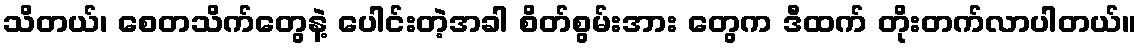
သိတယ်၊ စေတသိက်တွေနဲ့ ပေါင်းတဲ့အခါ စိတ်စွမ်းအား တွေက ဒီထက် တိုးတက်လာပါတယ်။